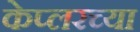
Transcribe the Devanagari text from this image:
केप्लरच्या